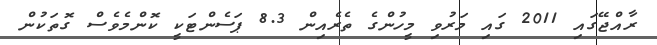
ރާއްޖޭގައި 2011 ގައި މަރުވި މީހުންގެ ތެރެއިން 8.3 ޕަސެންޓަކީ ކޮންމެވެސް ގޮތަކުން